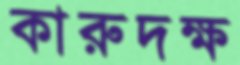
কারুদক্ষ